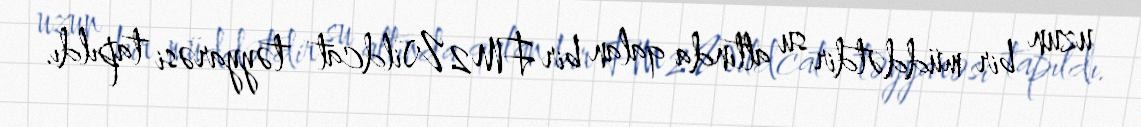
uzun bir müddətdir su altında qalan bir FM2 Wildcat təyyarəsi tapıldı.